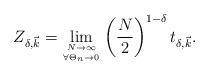
LaTeX: \begin{align*} Z_{\delta, \vec{k}} = \lim_{{N \to \infty} \atop {\forall \Theta_n \rightarrow0}} \left( \frac{N}{2} \right)^{1- \delta} t_{\delta, \vec{k}}.\end{align*}